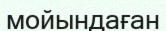
мойындаған